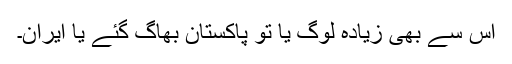
اس سے بھی زیادہ لوگ یا تو پاکستان بھاگ گئے یا ایران۔